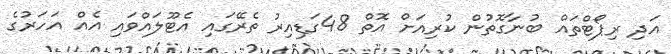
އަދި ރިޕޯޓްތައް ބުނާގޮތުން ކުރިއަށް އޮތް 48ގަޑިއިރު ތެރޭގައި އެޓޫލައްވައި އެއް އަހަރުގެ